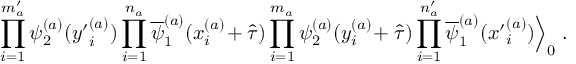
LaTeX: \prod _ { i = 1 } ^ { m _ { a } ^ { \prime } } \psi _ { 2 } ^ { ( a ) } ( { y ^ { \prime } } _ { i } ^ { ( a ) } ) \prod _ { i = 1 } ^ { n _ { a } } \overline { { { \psi } } } _ { 1 } ^ { ( a ) } ( x _ { i } ^ { ( a ) } \! + \hat { \tau } ) \prod _ { i = 1 } ^ { m _ { a } } \psi _ { 2 } ^ { ( a ) } ( y _ { i } ^ { ( a ) } \! + \hat { \tau } ) \prod _ { i = 1 } ^ { n _ { a } ^ { \prime } } \overline { { { \psi } } } _ { 1 } ^ { ( a ) } ( { x ^ { \prime } } _ { i } ^ { ( a ) } ) \Big \rangle _ { 0 } \; .